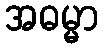
အဓမ္မာ